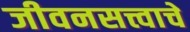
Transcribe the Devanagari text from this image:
जीवनसत्त्वाचे